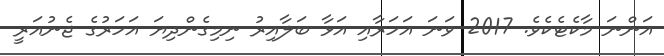
އަންނަ މާކެޓެކެވެ. 2017 ވަނަ އަހަރާއި އަޅާ ބަލާއިރު ނިމިގެންދިޔަ އަހަރުގެ ޖެނުއަރީ